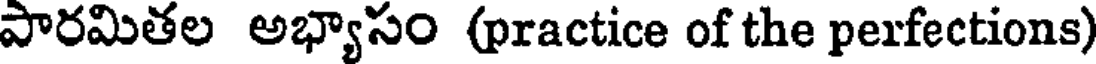
పారమితల అభ్యాసం (practice of the perfections)